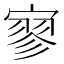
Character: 寥